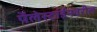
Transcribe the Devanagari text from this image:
पॅलेस्टाईनवरील